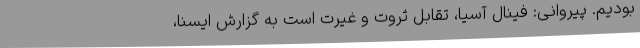
بودیم. پیروانی: فینال آسیا، تقابل ثروت و غیرت است به گزارش ایسنا،